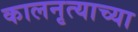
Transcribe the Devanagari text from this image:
कालनृत्याच्या